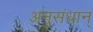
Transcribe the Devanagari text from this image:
अनुसंधान्